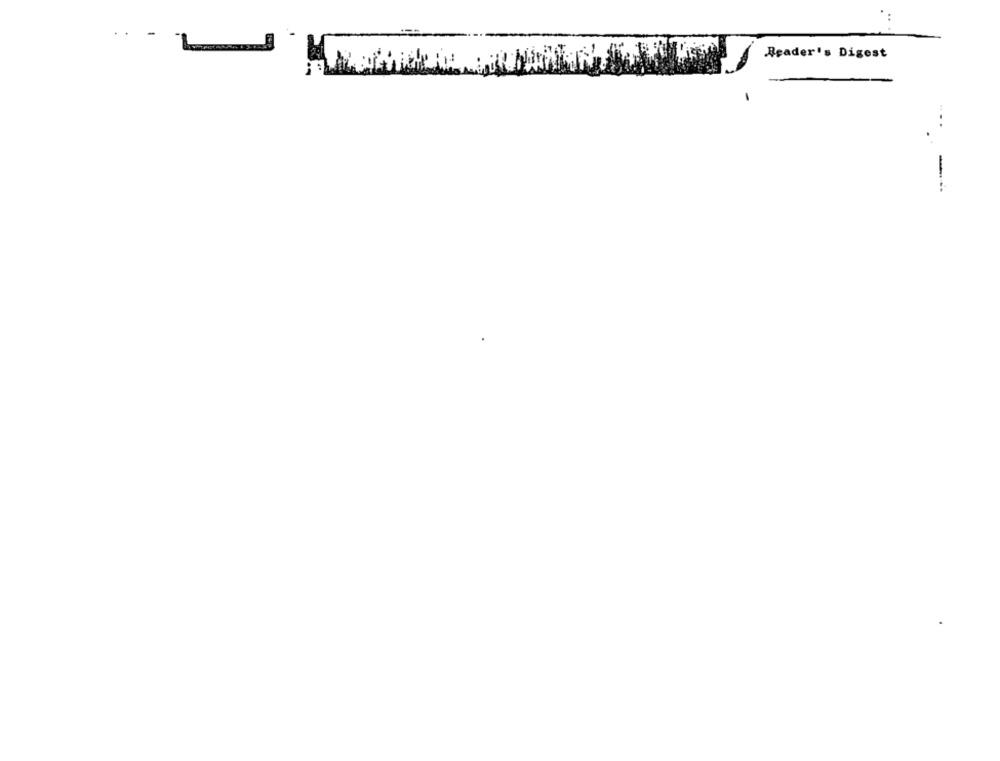
Reader's Digest